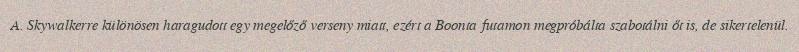
A. Skywalkerre különösen haragudott egy megelőző verseny miatt, ezért a Boonta futamon megpróbálta szabotálni őt is, de sikertelenül.